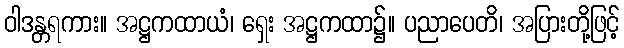
ဝါဒန္တရကား။ အဋ္ဌကထာယံ၊ ရှေး အဋ္ဌကထာ၌။ ပညာပေတိ၊ အပြားတို့ဖြင့်